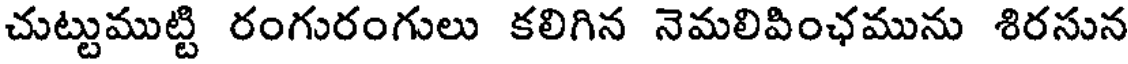
చుట్టుముట్టి రంగురంగులు కలిగిన నెమలివింఛమును శిరసున